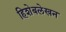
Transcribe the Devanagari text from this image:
हिशेबलेखन